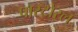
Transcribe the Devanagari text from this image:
पास्टोरल